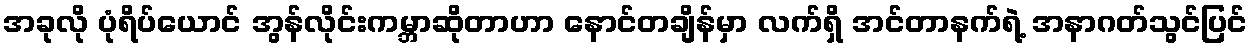
အခုလို ပုံရိပ်ယောင် အွန်လိုင်းကမ္ဘာဆိုတာဟာ နောင်တချိန်မှာ လက်ရှိ အင်တာနက်ရဲ့ အနာဂတ်သွင်ပြင်